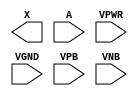
module sky130_fd_sc_ls__dlygate4sd1 (
    X   ,
    A   ,
    VPWR,
    VGND,
    VPB ,
    VNB
);

    output X   ;
    input  A   ;
    input  VPWR;
    input  VGND;
    input  VPB ;
    input  VNB ;
endmodule